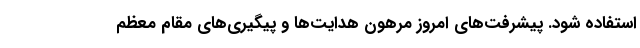
استفاده شود. پیشرفت‌های امروز مرهون هدایت‌ها و پیگیری‌های مقام معظم